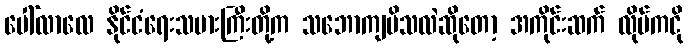
ပေါ်လာလေ နိုင်ငံရေးသမားကြီးတို့က သဘောကျမိသလဲဆိုတော့ အကိုင်းဆက် လိုပ်ကငို